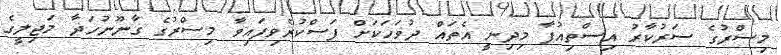
މިސްރުގެ ސަރުކާރު އިސްތިއުފާ މިދިނީ އެތައް ދުވަހަކަށް ފަސްކުރެވިފައިވާ މިސްރުގެ ގާނޫނުހަދާ މަޖިލީގެ